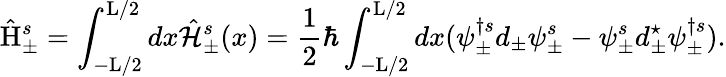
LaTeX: \hat{\mathrm{H}}_{\pm}^{s}=\int_{-\mathrm{L}/2}^{\mathrm{L}/2}dx\hat{\cal H}_{\pm}^{s}(x)=\frac{1}{2}\hbar\int_{-\mathrm{L}/2}^{\mathrm{L}/2}dx(\psi_{\pm}^{\dagger s}d_{\pm}\psi_{\pm}^{s}-\psi_{\pm}^{s}d_{\pm}^{\star}\psi_{\pm}^{\dagger s}).